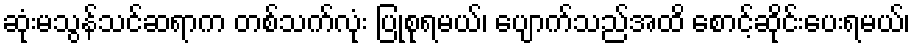
ဆုံးမသွန်သင်ဆရာက တစ်သက်လုံး ပြုစုရမယ်၊ ပျောက်သည်အထိ စောင့်ဆိုင်းပေးရမယ်၊